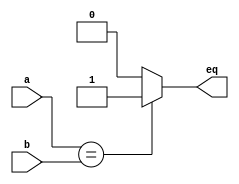
module eq1_always(
    input wire a,b,
    output reg eq
);
always @ (a,b)
begin
    eq = (a==b)? 1'b1:1'b0;
end

endmodule



//a<<b if a and b are signals -> b not specific number its barrel shifter complex crct
// a 110011 a>>>2 111100 every shift conserve the sign bit first
// ===,!== case equality take in consideration x,z
// ~^a xnor a
// a =110 y =| a -> a[2]|a[1]|a[0]
// rot right 3 bits a = {a[2:0],a[8:3]} , a={3'b000,a[8:3]},a = {a[]}
//arithmatic shift right sha = {3{a[8]},a[8:3]} 8? i think 7
// assign max = (a>b)? a:b;
// assign max = (a>b)? ((a>c)? a:c):((b>c)? b:c)
//care for bit length adj